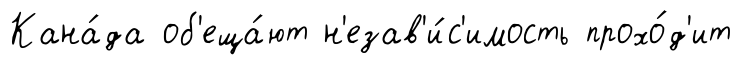
Кана́да об'еща́ют н'езав'и́с'имость прохо́д'ит